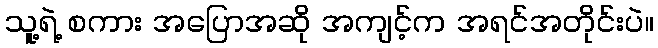
သူ့ရဲ့ စကား အပြောအဆို အကျင့်က အရင်အတိုင်းပဲ။